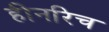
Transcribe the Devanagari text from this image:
हीनरिच